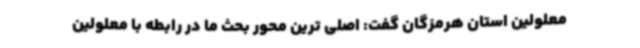
معلولین استان هرمزگان گفت: اصلی ترین محور بحث ما در رابطه با معلولین